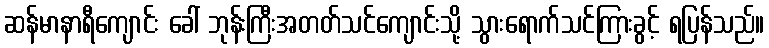
ဆန်မာနာရီကျောင်း ခေါ် ဘုန်းကြီးအတတ်သင်ကျောင်းသို့ သွားရောက်သင်ကြားခွင့် ရပြန်သည်။